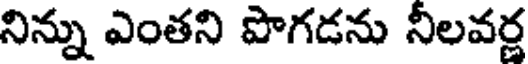
నిన్ను ఎంతని పొగడను నీలవర్ణ